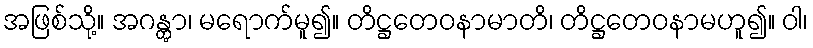
အဖြစ်သို့။ အဂန္တွာ၊ မရောက်မူ၍။ တိဋ္ဌတေဝနာမာတိ၊ တိဋ္ဌတေဝနာမဟူ၍။ ဝါ၊